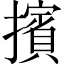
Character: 擯